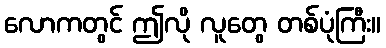
လောကတွင် ဤလို လူတွေ တစ်ပုံကြီး။